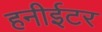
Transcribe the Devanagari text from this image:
हनीईटर